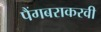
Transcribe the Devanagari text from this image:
पैंगबराकरवी